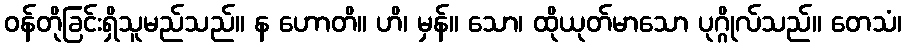
ဝန်တိုခြင်းရှိသူမည်သည်။ န ဟောတိ။ ဟိ၊ မှန်။ သော၊ ထိုယုတ်မာသော ပုဂ္ဂိုလ်သည်။ တေသံ၊